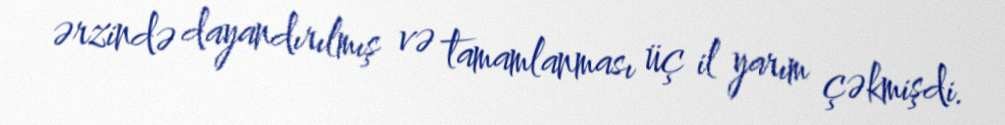
ərzində dayandırılmış və tamamlanması üç il yarım çəkmişdi.